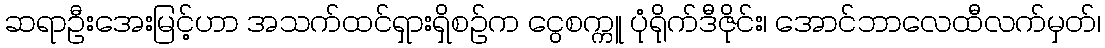
ဆရာဦးအေးမြင့်ဟာ အသက်ထင်ရှားရှိစဉ်က ငွေစက္ကူ ပုံရိုက်ဒီဇိုင်း၊ အောင်ဘာလေထီလက်မှတ်၊